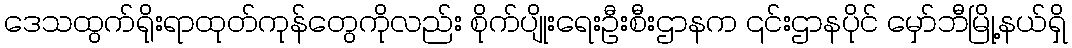
ဒေသထွက်ရိုးရာထုတ်ကုန်တွေကိုလည်း စိုက်ပျိုးရေးဦးစီးဌာနက ၎င်းဌာနပိုင် မှော်ဘီမြို့နယ်ရှိ